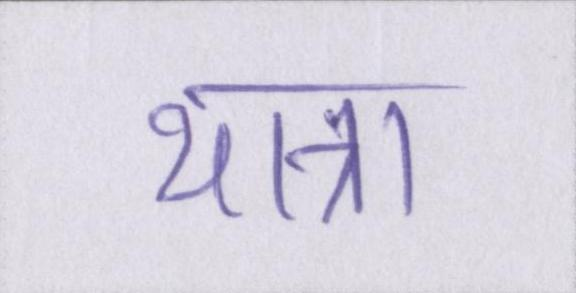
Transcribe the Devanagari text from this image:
यात्रा